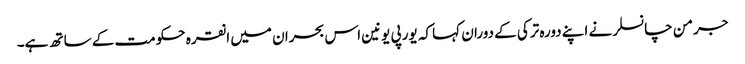
جرمن چانسلر نے اپنے دورہ ترکی کے دوران کہا کہ یورپی یونین اس بحران میں انقرہ حکومت کے ساتھ ہے۔